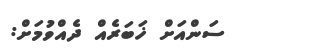
ސަންއަށް ޚަބަރެއް ދެއްވުމަށް: